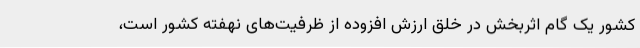
کشور یک گام اثربخش در خلق ارزش افزوده از ظرفیت‌های نهفته کشور است،